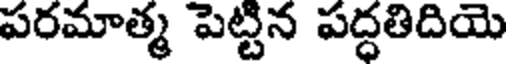
పరమాత్మ పెట్టిన పద్ధతిదియె